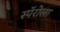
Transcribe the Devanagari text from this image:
स्पॅरोला